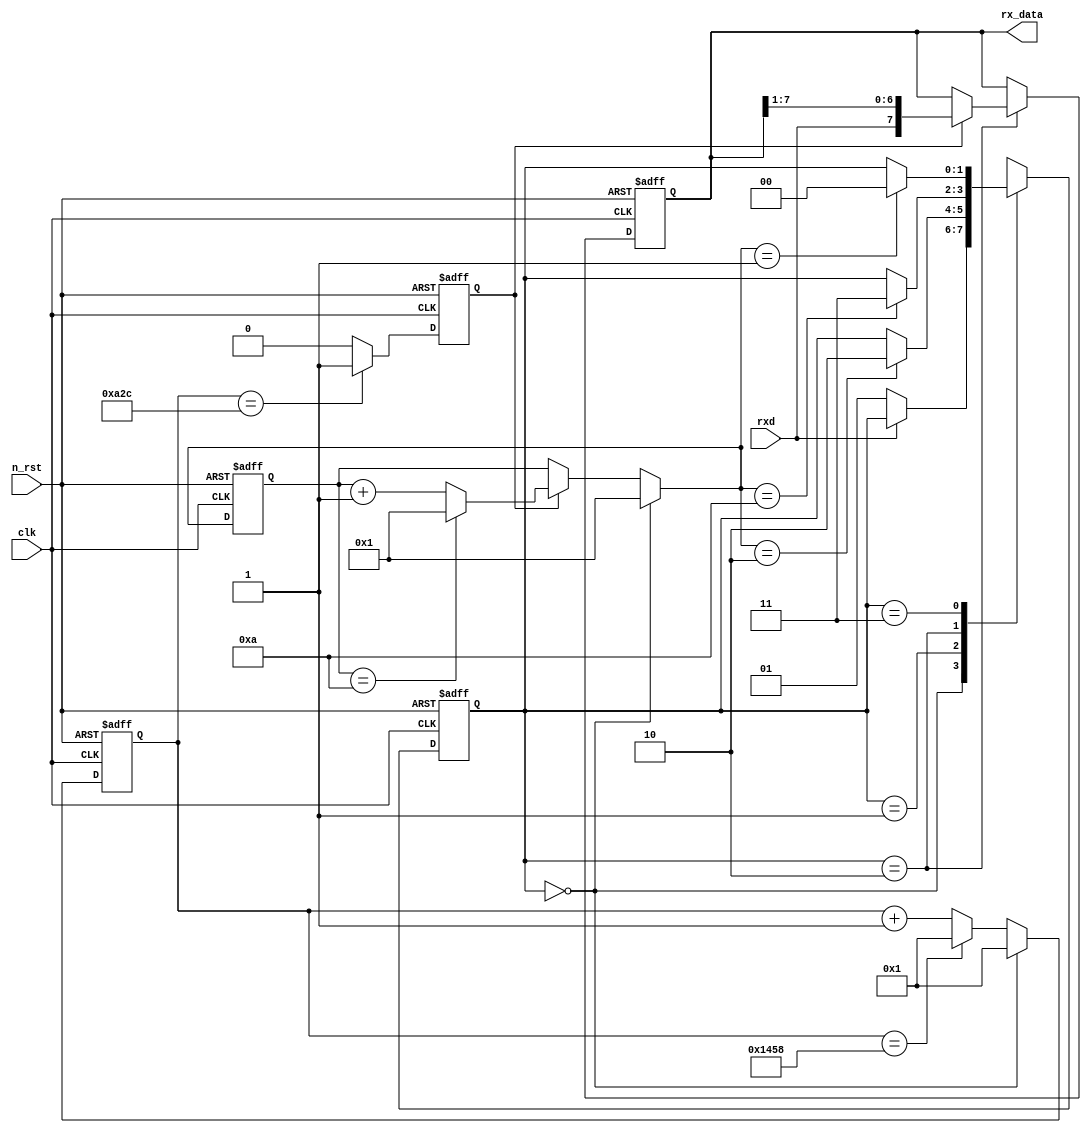
module rx(
    clk,
    n_rst,
    rxd,
    rx_data
);

parameter MAX = 5208;

input clk;
input n_rst;
input rxd;

output reg [7:0] rx_data;

localparam FLG = MAX/2;

localparam SR0 = 2'h0;
localparam SR1 = 2'h1;
localparam SR2 = 2'h2;
localparam SR3 = 2'h3;

reg [1:0] c_state;
reg [1:0] n_state;

reg [15:0] c_cnt1;
reg [15:0] n_cnt1;

reg [3:0] c_cnt2;
reg [3:0] n_cnt2;

always @(posedge clk or negedge n_rst) begin
    if(!n_rst) begin
        c_state <= SR0;
        c_cnt1 <= 16'h0001;
        c_cnt2 <= 4'h1;
    end
    else begin
        c_state <= n_state;
        c_cnt1 <= n_cnt1;
        c_cnt2 <= n_cnt2;
    end
end

always @(c_state or rxd or n_cnt2) begin
    case(c_state)
    SR0 : n_state = (rxd == 1'b0) ? SR1 : c_state;
    SR1 : n_state = (n_cnt2 == 4'h2) ? SR2 : c_state;
    SR2 : n_state = (n_cnt2 == 4'hA) ? SR3 : c_state;
    SR3 : n_state = (n_cnt2 == 4'h1) ? SR0 : c_state;
    default : n_state = SR0;
    endcase
end

always @(c_state or c_cnt1) begin
    case(c_state)
    SR0 : n_cnt1 = 16'h0001;
    default : n_cnt1 = (c_cnt1 == MAX) ? 16'h0001 : c_cnt1 + 16'h0001;
    endcase
end

reg rxen;

always @(posedge clk or negedge n_rst) begin
    if(!n_rst) begin
        rxen <= 1'b0;
    end
    else begin
        rxen <= (c_cnt1 == FLG) ? 1'b1 : 1'b0;
    end
end

always @(c_cnt2 or rxen or c_state) begin
    case(c_state)
    SR0 : n_cnt2 = 4'h1;
    default : n_cnt2 = (rxen == 1'b0) ? c_cnt2 :
                       (c_cnt2 == 4'hA) ? 4'h1 : c_cnt2 + 4'h1;
    endcase
end

always @ (posedge clk or negedge n_rst) begin
    if(!n_rst) begin
        rx_data <= 8'h00;
    end
    else if (c_state == SR2) begin
        rx_data <= (rxen == 1'b1) ? {rxd, rx_data[7:1]} : rx_data;
    end
    else begin
        rx_data <= rx_data;
    end
end

endmodule